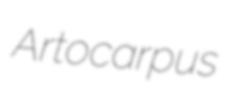
Artocarpus